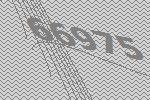
66975